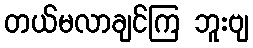
တယ်မလာချင်ကြ ဘူးဗျ